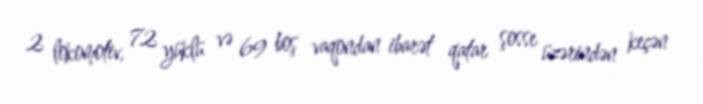
2 lokomotiv, 72 yüklü və 69 boş vaqondan ibarət qatar şosse üzərindən keçən